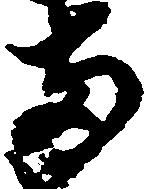
両